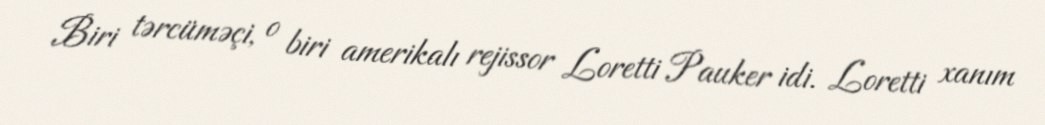
Biri tərcüməçi, o biri amerikalı rejissor Loretti Pauker idi. Loretti xanım